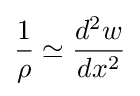
{\dfrac {1}{\rho }}\simeq {\dfrac {d^{2}w}{dx^{2}}}